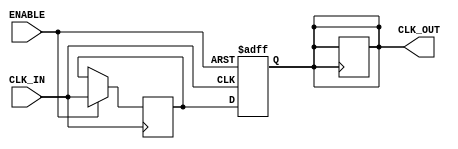
module clock_buffer (
    input wire CLK_IN,           // Single-ended clock input
    input wire ENABLE,           // Enable signal
    output reg CLK_OUT           // Single-ended clock output
);

    // Parameters for configurable drive strength and propagation delay
    parameter DRIVE_STRENGTH = 1; // Example: 1 for low, 2 for medium, 3 for high
    parameter MIN_PROP_DELAY = 2;  // Minimum propagation delay in time units
    parameter MAX_PROP_DELAY = 5;  // Maximum propagation delay in time units

    // Internal signal for clock output
    reg clk_out_internal;

    // Hysteresis simulation (simple example)
    reg [1:0] hysteresis; // 2-bit register for hysteresis

    // Clock buffer logic with enable
    always @(posedge CLK_IN or negedge ENABLE) begin
        if (!ENABLE) begin
            // When disabled, drive CLK_OUT to low
            CLK_OUT <= 1'b0;
        end else begin
            // Simulate propagation delay
            #MIN_PROP_DELAY clk_out_internal <= CLK_IN;
            #MAX_PROP_DELAY CLK_OUT <= clk_out_internal;
        end
    end

    // Hysteresis implementation (simple example)
    always @(posedge CLK_IN) begin
        if (hysteresis < 2'd3) begin
            hysteresis <= hysteresis + 1;
        end else begin
            hysteresis <= 2'd0;
        end
    end

    // Output drive strength simulation (example only)
    always @(posedge CLK_OUT) begin
        case (DRIVE_STRENGTH)
            1: CLK_OUT <= #1 CLK_OUT; // Low drive strength
            2: CLK_OUT <= #2 CLK_OUT; // Medium drive strength
            3: CLK_OUT <= #3 CLK_OUT; // High drive strength
            default: CLK_OUT <= #1 CLK_OUT; // Default to low
        endcase
    end

endmodule